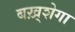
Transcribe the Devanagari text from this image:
बख़्शेगा